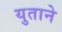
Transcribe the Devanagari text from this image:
युताने